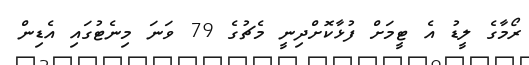
ރޯމާގެ ލީޑު އެ ޓީމަށް ފުޅާކޮށްދިނީ މެޗުގެ 79 ވަނަ މިނެޓުގައި އެޑިން